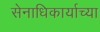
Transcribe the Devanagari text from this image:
सेनाधिकार्याच्या